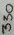
Text: 330